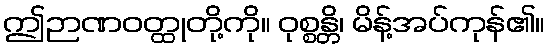
ဤဉာဏဝတ္ထုတို့ကို။ ဝုစ္စန္တိ၊ မိန့်အပ်ကုန်၏။